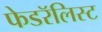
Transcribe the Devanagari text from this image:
फेडरॅलिस्ट